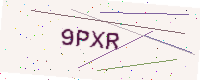
Text: 9PXR